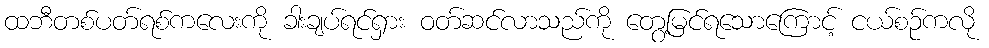
ထဘီတစ်ပတ်ရစ်ကလေးကို ခါးချပ်ရင်ရှား ဝတ်ဆင်လာသည်ကို တွေ့မြင်ရသောကြောင့် ငယ်စဉ်ကလို